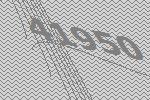
41950